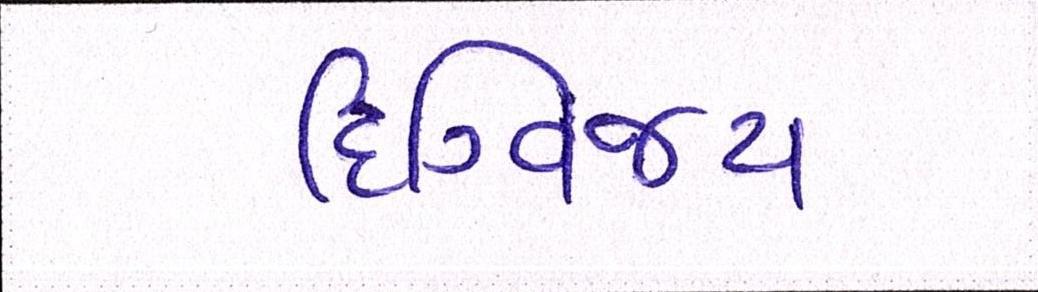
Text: દિગ્વિજય